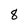
Character: 8